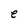
Character: e